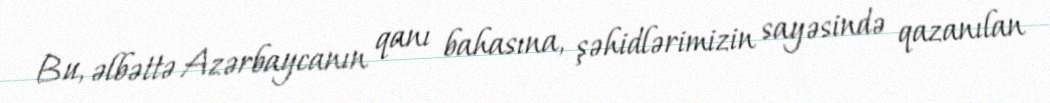
Bu, əlbəttə Azərbaycanın qanı bahasına, şəhidlərimizin sayəsində qazanılan